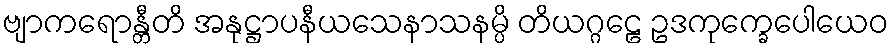
ဗျာကရောန္တီတိ အနုဋ္ဌာပနီယသေနာသနမ္ပိ တိယဂ္ဂဠေ ဥဒကုက္ခေပေါယေဝ